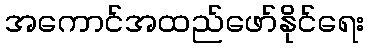
အကောင်အထည်ဖော်နိုင်ရေး